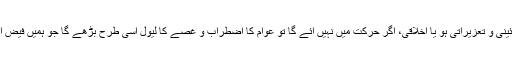
نظام و قانون چاہے آئینی و تعزیراتی ہو یا اخلاقی، اگر حرکت میں نہیں آئے گا تو عوام کا اضطراب و غصے کا لیول اسی طرح بڑھے گا جو ہمیں فیض آباد پر نظر آرہا ہے ۔